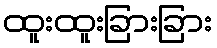
ထူးထူးခြားခြား